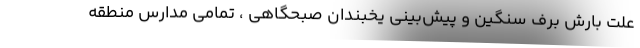
علت بارش برف سنگین و پیش‌بینی یخبندان صبحگاهی ، تمامی مدارس منطقه